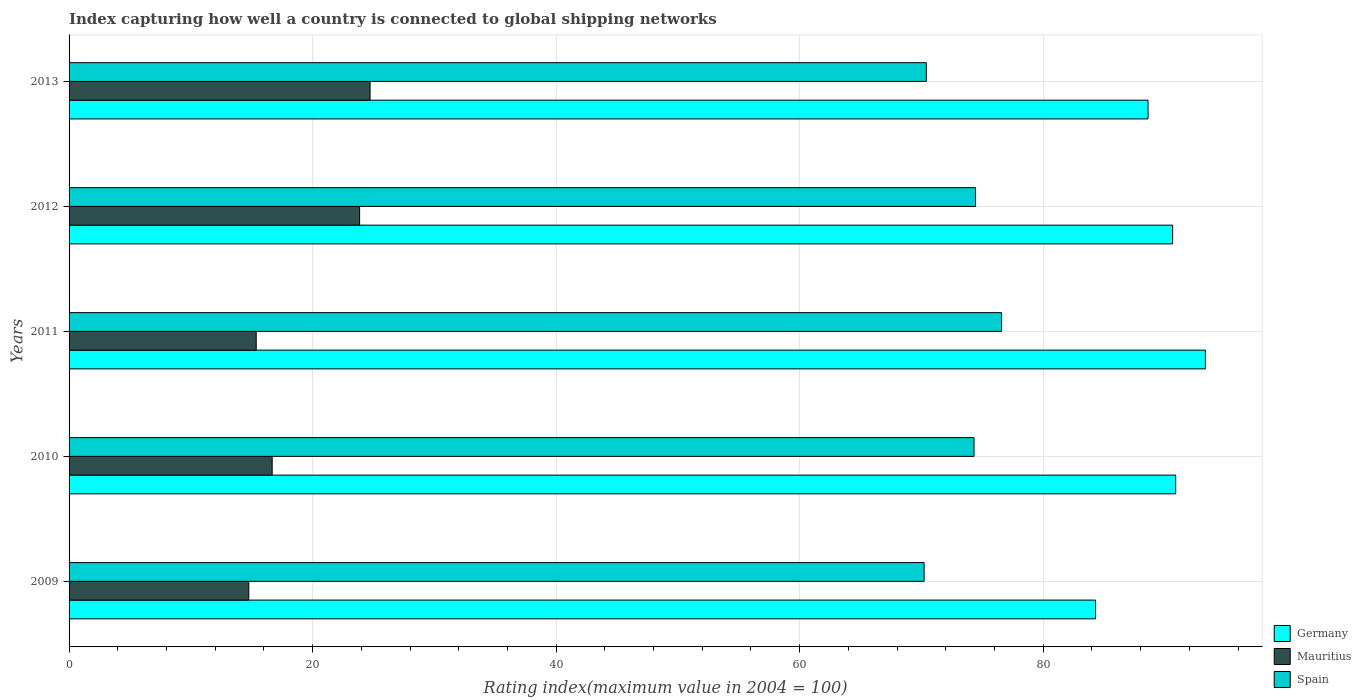
| Years | Germany | Mauritius | Spain |
 | --- | --- | --- | --- |
 | 2009 | 84.3 | 14.8 | 70.2 |
 | 2010 | 90.9 | 16.7 | 74.3 |
 | 2011 | 93.3 | 15.4 | 76.6 |
 | 2012 | 90.6 | 23.9 | 74.4 |
 | 2013 | 88.6 | 24.7 | 70.4 |